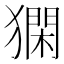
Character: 𤡦